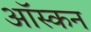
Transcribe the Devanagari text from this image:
ऑस्कन